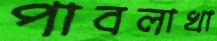
পাবলাখা